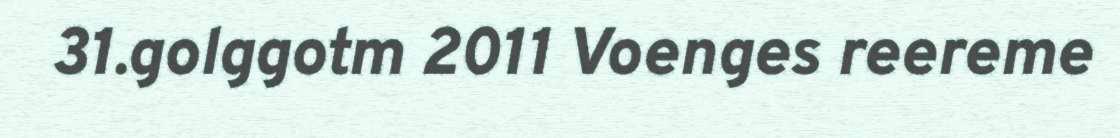
31.golggotm 2011 Voenges reereme